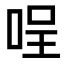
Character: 𠴔